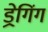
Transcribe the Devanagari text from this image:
ड्रेगिंग